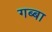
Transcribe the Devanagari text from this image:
गब्बा